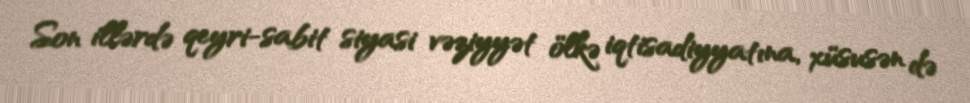
Son illərdə qeyri-sabit siyasi vəziyyət ölkə iqtisadiyyatına, xüsusən də